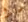
عانوا